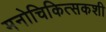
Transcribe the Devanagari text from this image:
मनोचिकित्सकशी